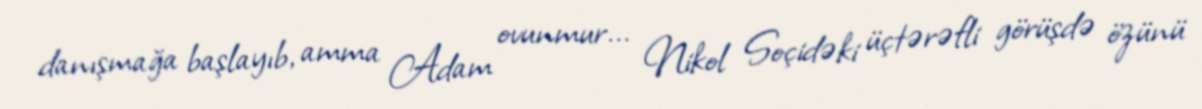
danışmağa başlayıb, amma Adam ovunmur... Nikol Soçidəki üçtərəfli görüşdə özünü